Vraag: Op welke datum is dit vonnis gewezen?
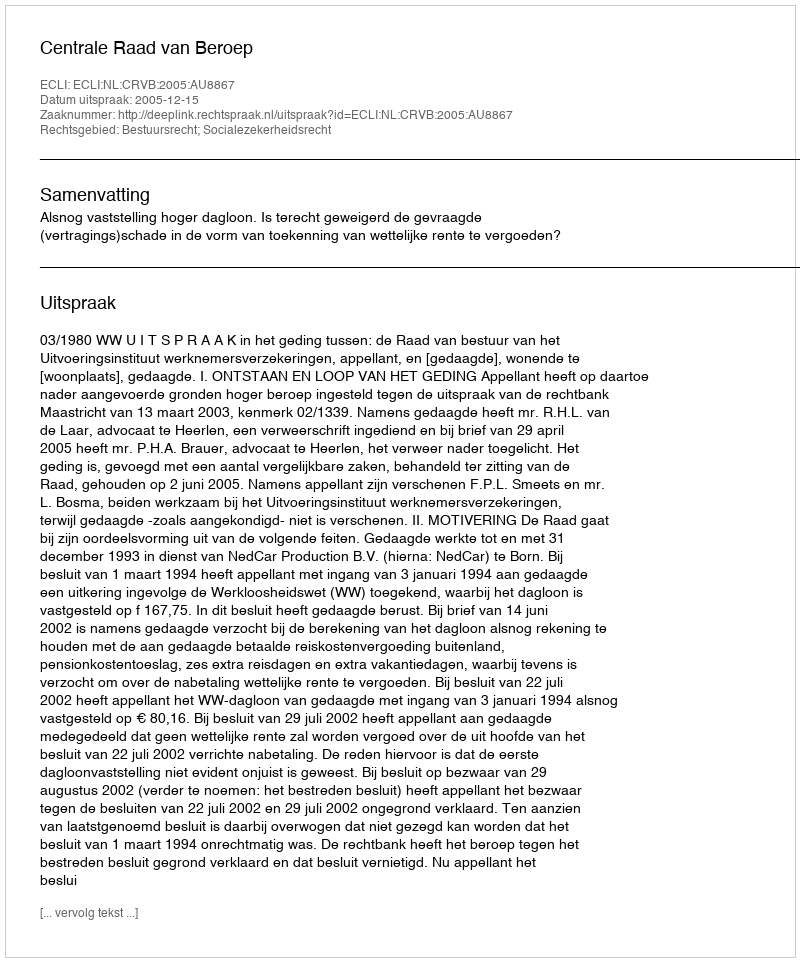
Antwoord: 2005-12-15